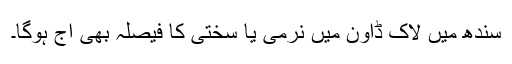
سندھ میں لاک ڈاون میں نرمی یا سختی کا فیصلہ بھی آج ہوگا۔